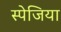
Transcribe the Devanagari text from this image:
स्पेजिया